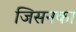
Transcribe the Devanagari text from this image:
जिसनका